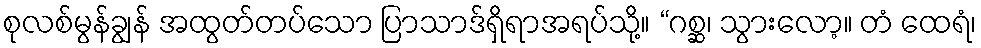
စုလစ်မွန်ချွန် အထွတ်တပ်သော ပြာသာဒ်ရှိရာအရပ်သို့။ “ဂစ္ဆ၊ သွားလော့။ တံ ထေရံ၊